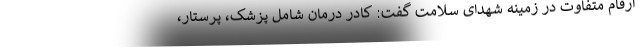
ارقام متفاوت در زمینه شهدای سلامت گفت: کادر درمان شامل پزشک، پرستار،